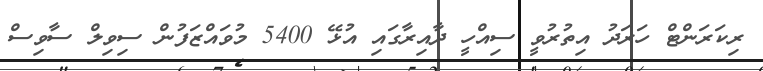
ރިކަރަންޓް ހަރަދު އިތުރުވީ ސިއްހީ ދާއިރާގައި އުޅޭ 5400 މުވައްޒަފުން ސިވިލް ސާވިސް